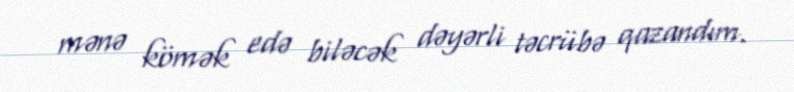
mənə kömək edə biləcək dəyərli təcrübə qazandım.